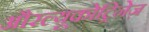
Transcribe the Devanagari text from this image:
औरल्यूकोट्रिनेज़